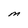
Character: M